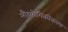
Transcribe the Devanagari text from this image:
औदयोगिकीकरण